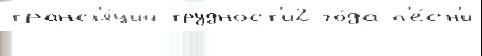
трансл'я́ций трудност'и2 го́да п'е́сн'и